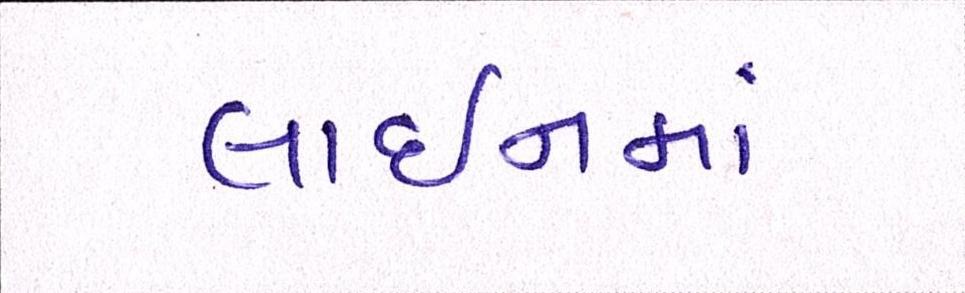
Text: લાઈનમાં